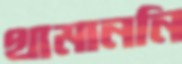
থামাননি